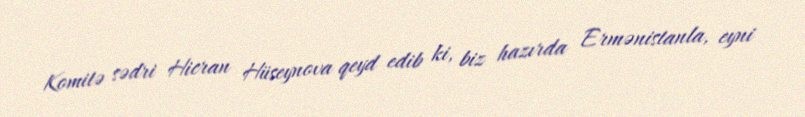
Komitə sədri Hicran Hüseynova qeyd edib ki, biz hazırda Ermənistanla, eyni